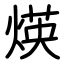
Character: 煐